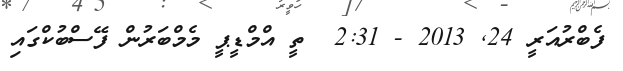
ފެބްރުއަރީ 24